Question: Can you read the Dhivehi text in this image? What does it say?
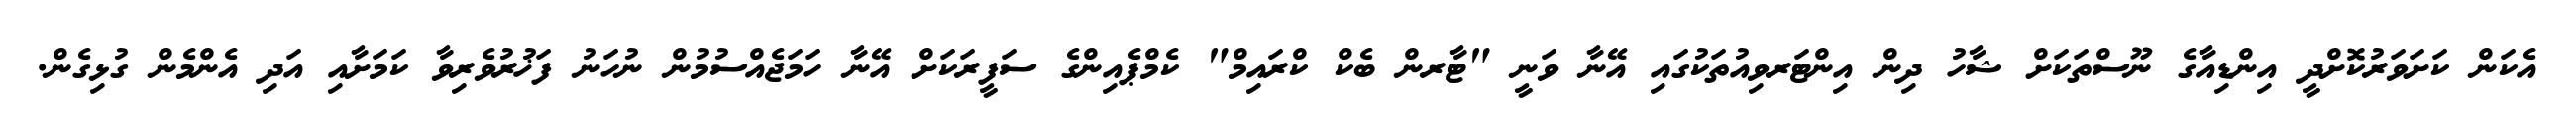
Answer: އެކަން ކަށަވަރުކޮށްދީ އިންޑިއާގެ ނޫސްތަކަށް ޝާހު ދިން އިންޓަރވިއުތަކުގައި އޭނާ ވަނީ "ޓާރން ބެކް ކްރައިމް" ކެމްޕެއިންގެ ސަފީރަކަށް އޭނާ ހަމަޖެއްސުމުން ނުހަނު ފަޚުރުވެރިވާ ކަމަށާއި އަދި އެންމެން ގުޅިގެން.